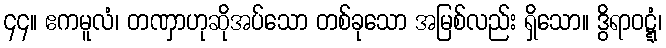
၄၄။ ဧကမူလံ၊ တဏှာဟုဆိုအပ်သော တစ်ခုသော အမြစ်လည်း ရှိသော။ ဒွိရာဝဋ္ဋံ၊